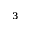
^ { 3 }